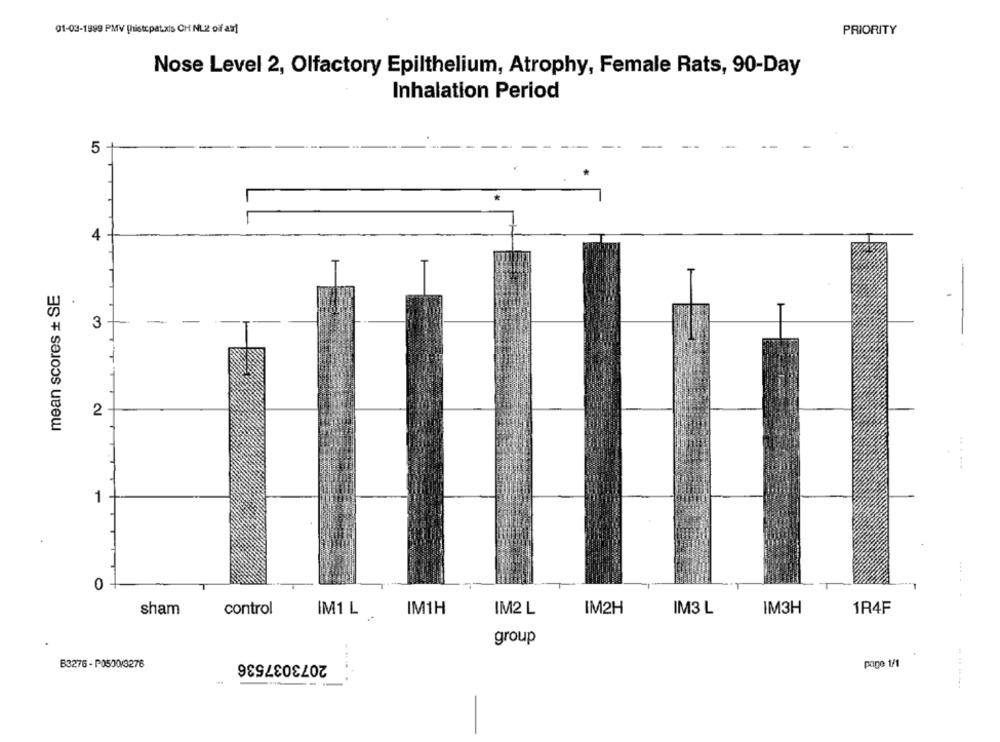
01-03-1999 PMV [histepat.xis CH NL2 off as]
PRIORITY
Nose Level 2, Olfactory Epilthelium, Atrophy, Female Rats, 90-Day
Inhalation Period
5 +
4 +
mean scores + SE
3 -
-
2
1
0 +
IM3H
1R4F
sham
control
group
2073037536
B3276 - P0500/3276
page 1/1